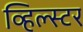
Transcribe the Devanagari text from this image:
व्हिल्स्टर